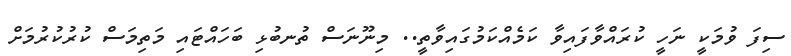
ސިފަ ވުމަކީ ނަހީ ކުރައްވާފައިވާ ކަމެއްކަމުގައިވާތީ.. މިނޫނަސް ތުނބުޅި ބަހައްޓައި މަތިމަސް ކުރުކުރުމަށް